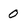
Character: 0